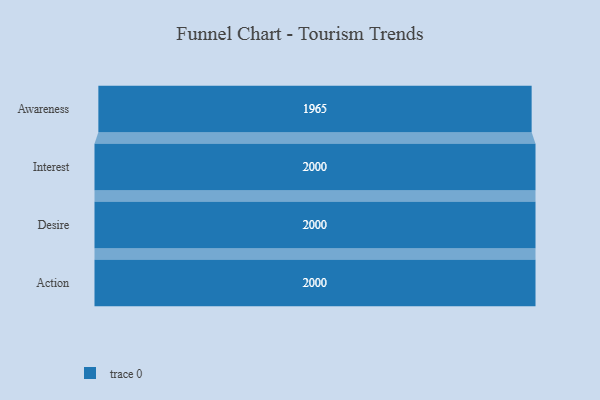
{"axis": {"x": "Stage", "y": "Value"}, "legend": [""], "data": [{"x": "Awareness", "y": 1965.0, "type": ""}, {"x": "Interest", "y": 2000, "type": ""}, {"x": "Desire", "y": 2000, "type": ""}, {"x": "Action", "y": 2000, "type": ""}]}